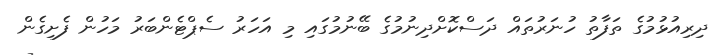
ދިރިއުޅުމުގެ ތަފާތު ހުނަރުތައް ދަސްކޮށްދިނުމުގެ ބޭނުމުގައި މި އަހަރު ސެޕްޓެންބަރު މަހުން ފެށިގެން